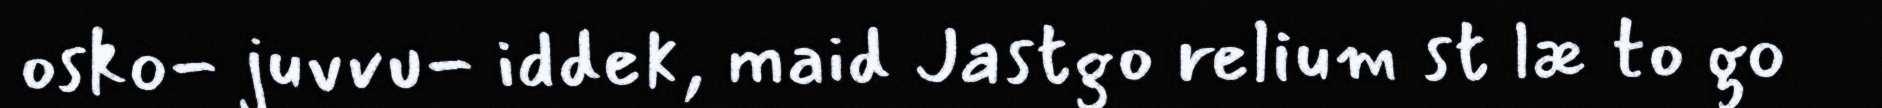
osko- juvvu- iddek, maid Jastgo relium st læ to go